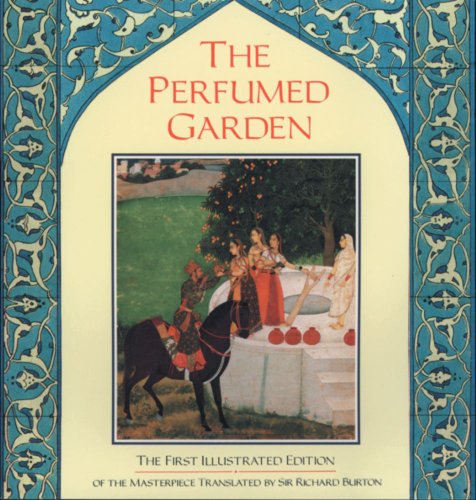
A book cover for The Perfumed Garden; Romance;